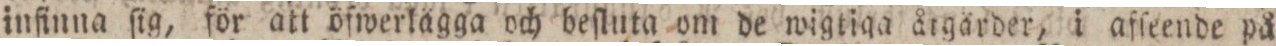
infinna ſig, för att öfwerlägga och beſluta om de wigtiga åtgärder, i afſeende på